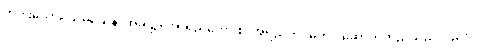
တပါးသော။ သမယေန၊ အခါ၌။ အာရညကော စ၊ အရညကင်ဓုတင် ဆောက်တည်သည်လည်း။